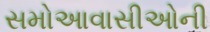
સમોઆવાસીઓની